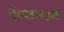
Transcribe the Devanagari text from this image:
विश्रामबागवाड्याची